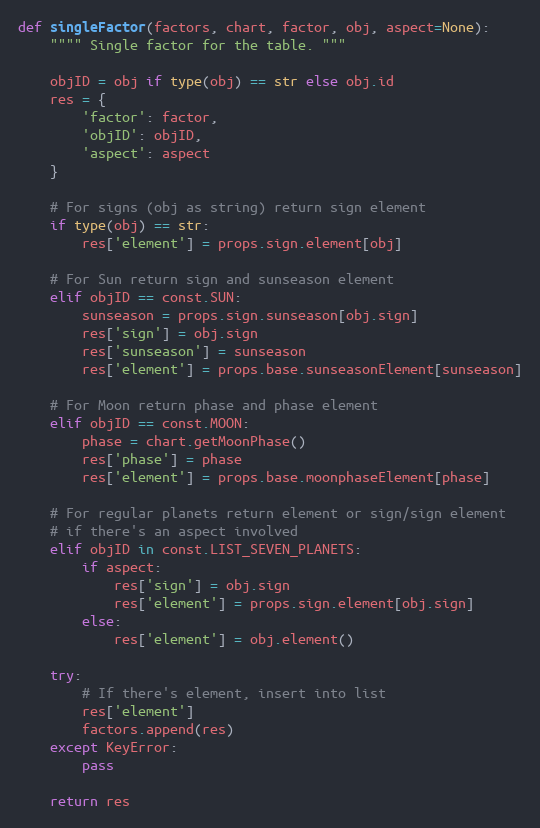
Language: Python
def singleFactor(factors, chart, factor, obj, aspect=None):
    """" Single factor for the table. """

    objID = obj if type(obj) == str else obj.id
    res = {
        'factor': factor,
        'objID': objID,
        'aspect': aspect
    }

    # For signs (obj as string) return sign element
    if type(obj) == str:
        res['element'] = props.sign.element[obj]

    # For Sun return sign and sunseason element
    elif objID == const.SUN:
        sunseason = props.sign.sunseason[obj.sign]
        res['sign'] = obj.sign
        res['sunseason'] = sunseason
        res['element'] = props.base.sunseasonElement[sunseason]

    # For Moon return phase and phase element
    elif objID == const.MOON:
        phase = chart.getMoonPhase()
        res['phase'] = phase
        res['element'] = props.base.moonphaseElement[phase]

    # For regular planets return element or sign/sign element
    # if there's an aspect involved
    elif objID in const.LIST_SEVEN_PLANETS:
        if aspect:
            res['sign'] = obj.sign
            res['element'] = props.sign.element[obj.sign]
        else:
            res['element'] = obj.element()

    try:
        # If there's element, insert into list
        res['element']
        factors.append(res)
    except KeyError:
        pass

    return res